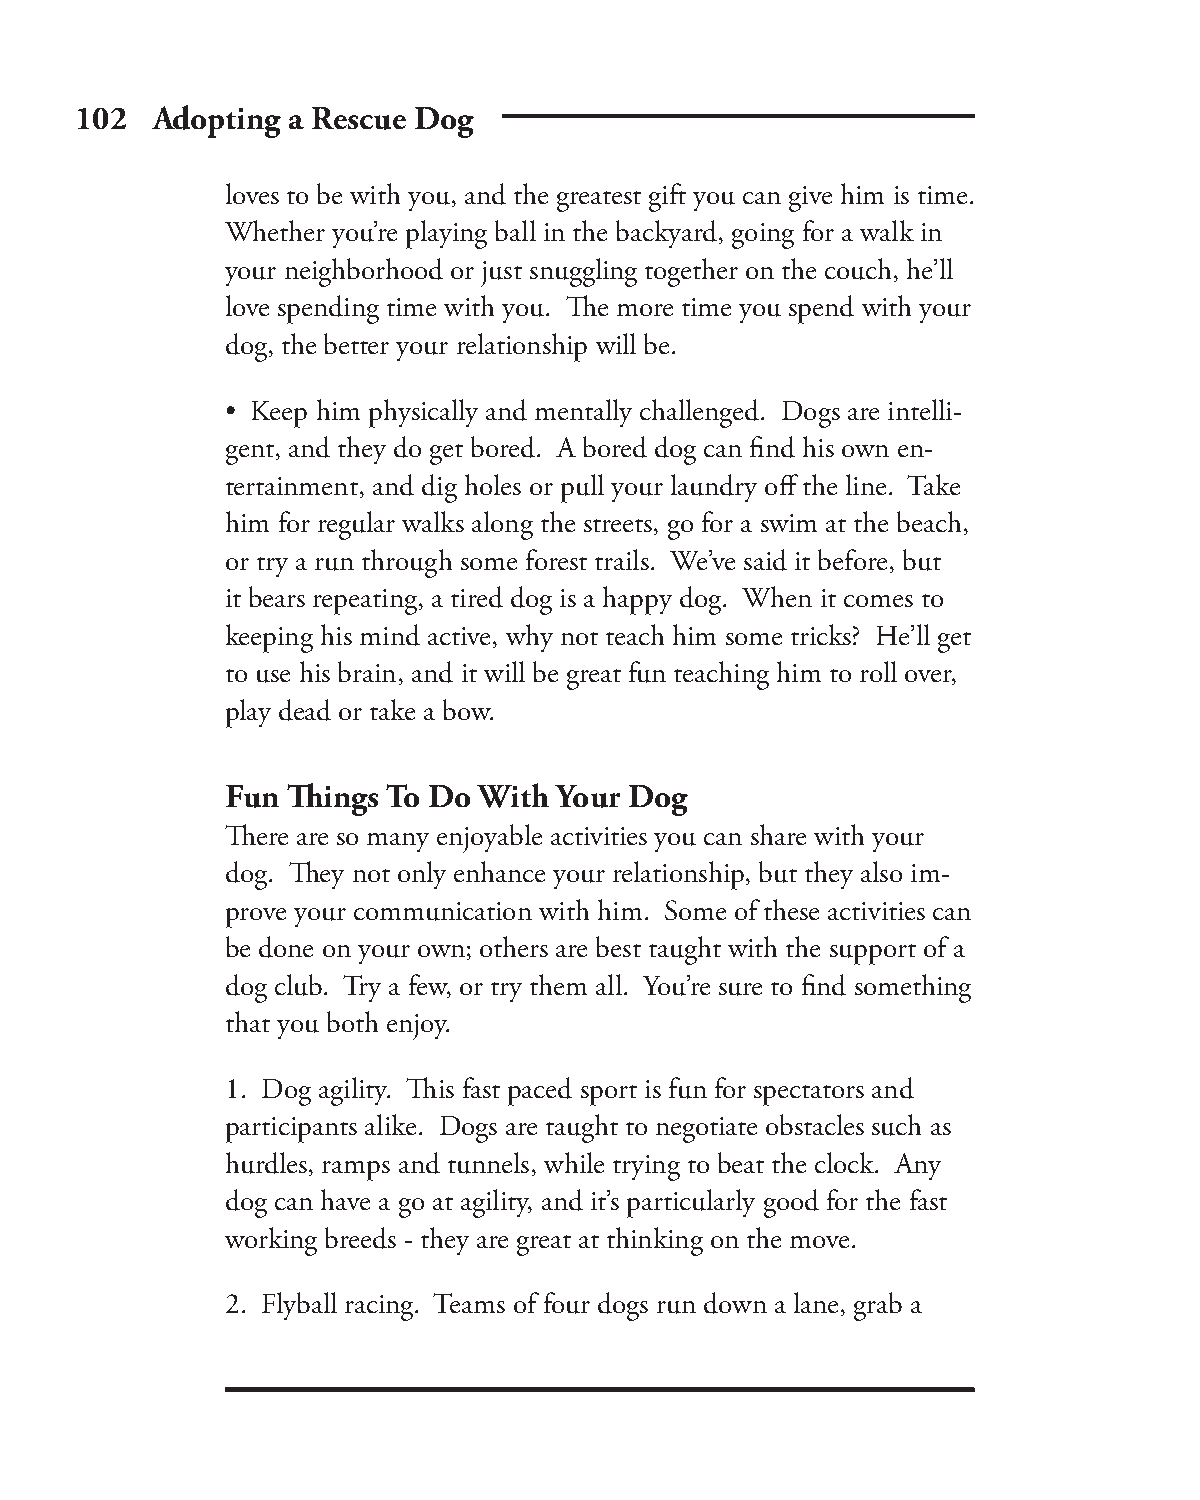
102  Adopting a Rescue Dog
 loves to be with you, and the greatest gift you can give him is time.
 Whether you’re playing ball in the backyard, going for a walk in
 your neighborhood or just snuggling together on the couch, he’ll
 love spending time with you. Th e more time you spend with your
 dog, the better your relationship will be.
 • Keep him physically and mentally challenged. Dogs are intelli-
 gent, and they do get bored. A bored dog can fi nd his own en-
 tertainment, and dig holes or pull your laundry off the line. Take
 him for regular walks along the streets, go for a swim at the beach,
 or try a run through some forest trails. We’ve said it before, but
 it bears repeating, a tired dog is a happy dog. When it comes to
 keeping his mind active, why not teach him some tricks? He’ll get
 to use his brain, and it will be great fun teaching him to roll over,
 play dead or take a bow.
 Fun Th ings To Do With Your Dog
 Th ere are so many enjoyable activities you can share with your
 dog. Th ey not only enhance your relationship, but they also im-
 prove your communication with him. Some of these activities can
 be done on your own; others are best taught with the support of a
 dog club. Try a few, or try them all. You’re sure to fi nd something
 that you both enjoy.
 1. Dog agility. Th is fast paced sport is fun for spectators and
 participants alike. Dogs are taught to negotiate obstacles such as
 hurdles, ramps and tunnels, while trying to beat the clock. Any
 dog can have a go at agility, and it’s particularly good for the fast
 working breeds - they are great at thinking on the move.
 2. Flyball racing. Teams of four dogs run down a lane, grab a